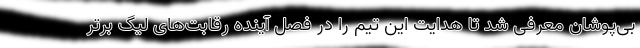
بی‌پوشان معرفی شد تا هدایت این تیم را در فصل آینده رقابت‌های لیگ برتر